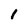
Character: 1